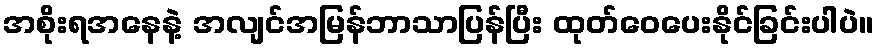
အစိုးရအနေနဲ့ အလျင်အမြန်ဘာသာပြန်ပြီး ထုတ်ဝေပေးနိုင်ခြင်းပါပဲ။